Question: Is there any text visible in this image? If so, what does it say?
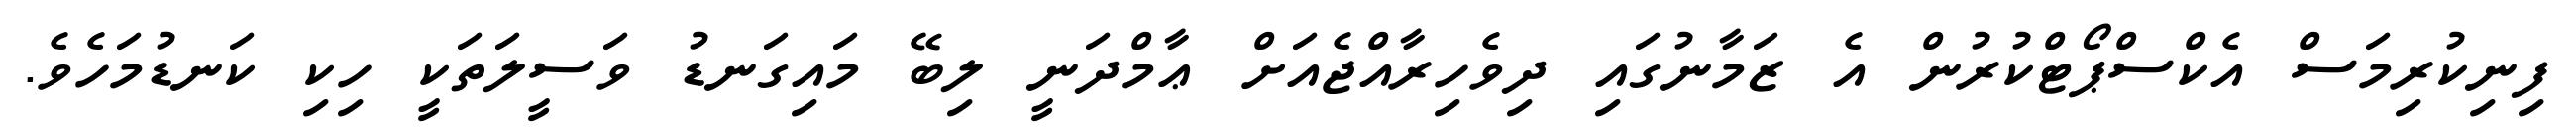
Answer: ފިނިކުރިމަސް އެކްސްޕޯޓްކުރުން އެ ޒަމާނުގައި ދިވެހިރާއްޖެއަށް ޢާމްދަނީ ލިބޭ މައިގަނޑު ވަސީލަތަކީ ހިކި ކަނޑުމަހެވެ.